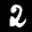
Label: 2